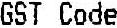
GST CODE